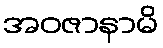
အဝဇာနာမိ